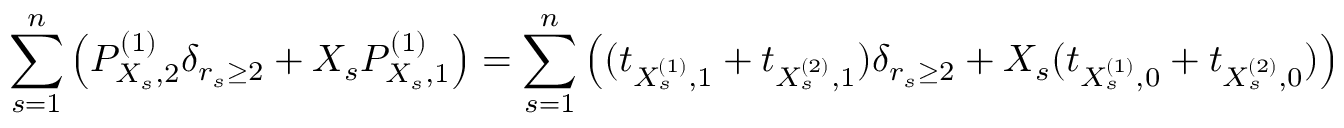
\underset { s = 1 } { \overset { n } { \sum } } \left( P _ { X _ { s } , 2 } ^ { ( 1 ) } \delta _ { r _ { s } \geq 2 } + X _ { s } P _ { X _ { s } , 1 } ^ { ( 1 ) } \right) = \underset { s = 1 } { \overset { n } { \sum } } \left( ( t _ { X _ { s } ^ { ( 1 ) } , 1 } + t _ { X _ { s } ^ { ( 2 ) } , 1 } ) \delta _ { r _ { s } \geq 2 } + X _ { s } ( t _ { X _ { s } ^ { ( 1 ) } , 0 } + t _ { X _ { s } ^ { ( 2 ) } , 0 } ) \right)